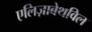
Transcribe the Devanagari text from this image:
एलिज़ाबेथविल